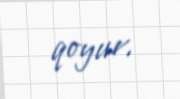
qoyur.